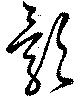
影